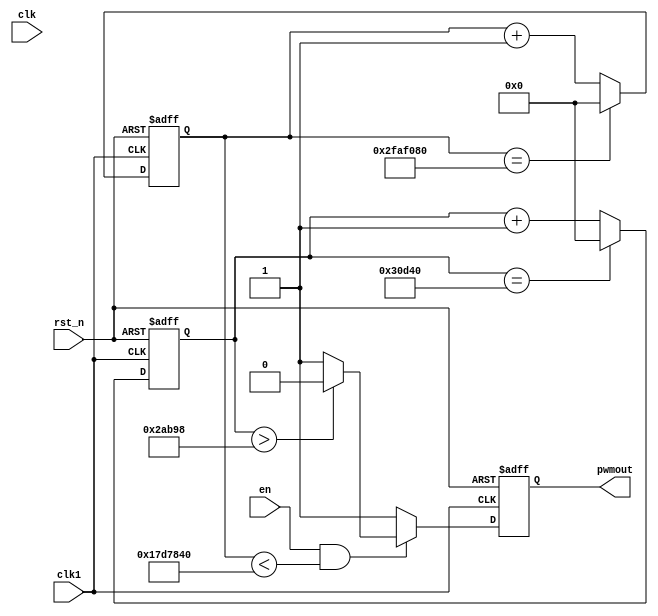
module buzzer(
	input en,
	input clk,
	input clk1,
	input rst_n,
	output pwmout
);

localparam cycle=250;
localparam load=50*1000000/cycle;
localparam duty=load/8*7;

reg [31:0] con1;
reg [31:0] con2;
reg pwmr;
assign pwmout=pwmr;

always @(posedge clk1 or negedge rst_n)
begin
	if (rst_n==1'b0) 
		con1<=32'd0;
	else
	if (con1==32'd50000000)
		con1<=32'd0;
	else
		con1<=con1+1'd1;
end

always @(posedge clk1 or negedge rst_n)
begin
	if (rst_n==1'b0)
		con2<=32'd0;
	else
	if (con2==load)
		con2<=32'd0;
	else
		con2<=con2+1'd1;
end

always @(posedge clk1 or negedge rst_n)
begin
	if (rst_n==1'b0)
		pwmr<=1'b1;
	else
	if (en==1'b1 && con1<32'd25000000)
	begin
		if (con2>duty)
			pwmr<=1'b0;
		else
			pwmr<=1'b1;
	end
	else pwmr<=1'b1;
end

endmodule